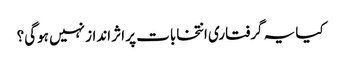
کیا یہ گرفتاری انتخابات پر اثر انداز نہیں ہوگی؟